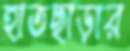
হাতছাড়ার